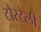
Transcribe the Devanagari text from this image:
टौरटेली